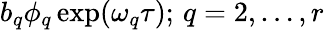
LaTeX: b_{q}\phi_{q}\exp(\omega_{q}\tau);\, q=2,\dots,r